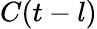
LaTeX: C(t-l)